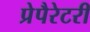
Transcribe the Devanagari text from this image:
प्रेपैरेटरी